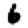
Digit: 6